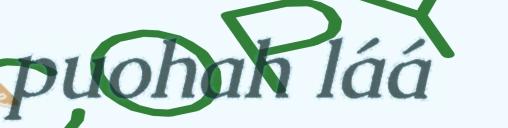
puohah láá